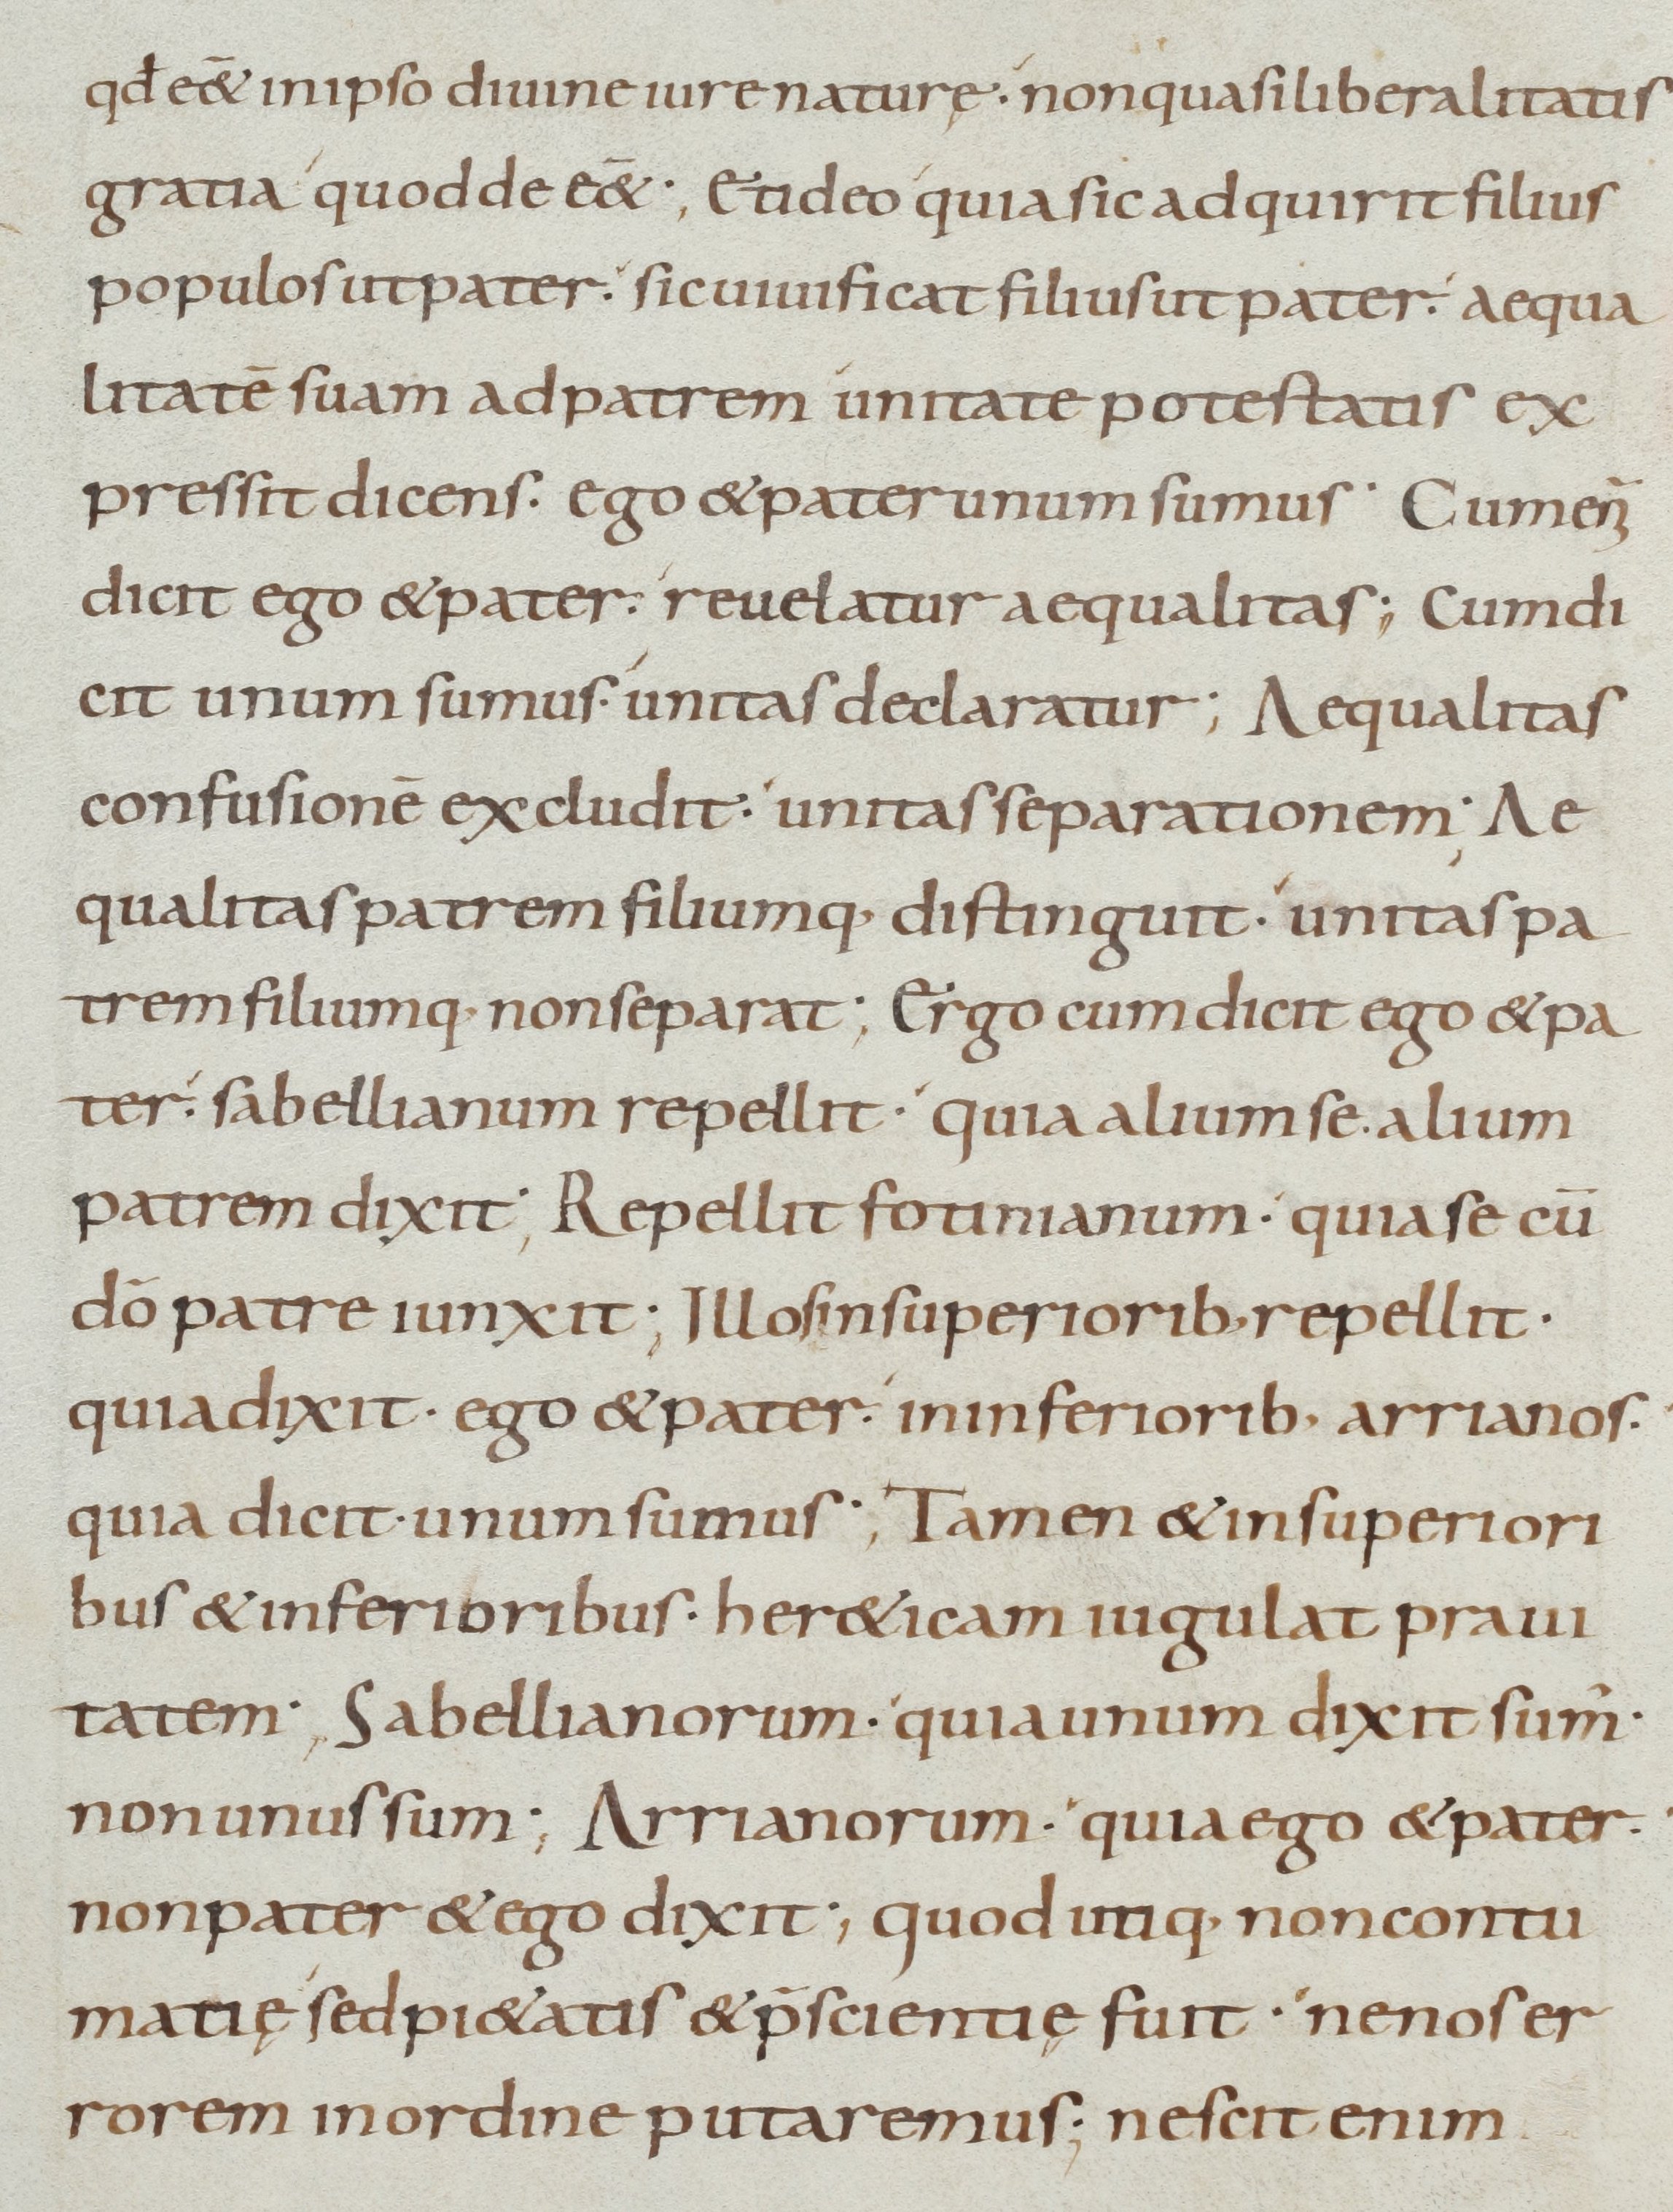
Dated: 900–999